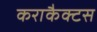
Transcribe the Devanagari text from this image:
कराकैक्टस